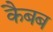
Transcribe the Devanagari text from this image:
कैबब